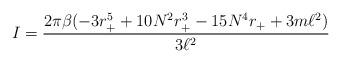
LaTeX: \begin{align*}I=\frac{2\pi \beta (-3r_{+}^{5}+10N^{2}r_{+}^{3}-15N^{4}r_{+}+3m\ell^{2})}{3\ell^{2}} \end{align*}